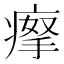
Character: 𤸻